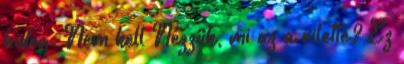
hideg. Nem kell Nézzük, mi az a rilette? Ez